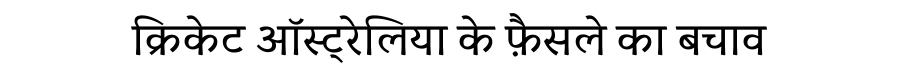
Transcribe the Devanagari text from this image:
क्रिकेट ऑस्ट्रेलिया के फ़ैसले का बचाव